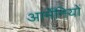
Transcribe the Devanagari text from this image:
आर्मेनियों